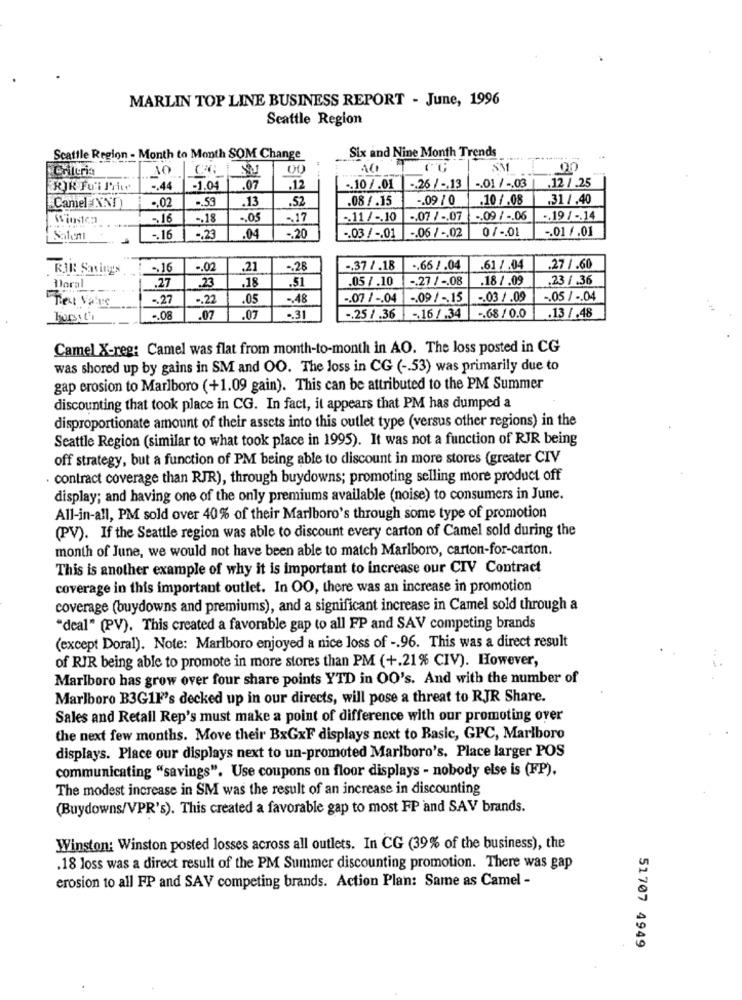
MARLIN TOP LINE BUSINESS REPORT - June, 1996
Seattle Region
Scattle Region - Month to Month SOM Change
Six and Nine Month Trends
Criteria
10
00
S31
20
RIR Foi Pre
.-. 44
-1.04
.07
.12
.. 10 / .01
-. 26 / -. 13
-. 01 / -. 03
.12 /.25
Camel NNT
., 02
-. 53
13
.52
08/.15
.09 / 0
.10 /.08
,31/.40
-16
-, 18
.. 05
-. 17
-. 11 / -. 10
-. 07 / -. 07
.. 09 / -. 06
.. 19 / -. 14
-. 23
-20
0/ -. 01
-01 /.01
-. 16
.04
-. 03 / -. 01 -. 06 / -. 02
RIK: Sasings
-, 16
-. 02
.21
-. 28
-. 37 /.18
.. 66 / .04
.61 / .04
.27 1.60
18
.51
.05 / .10
-. 27 / -. 08
.18 /.09
23 1 .36
Doral
.27
.23
Text Value
-. 27
-. 22
05
-. 48
-. 07 / -. 04
1 -. 09 / -. 15
-. 03 /.09
-. 05 / -. 04
-. 08
.07
.07
.. 3
-. 25/ .36 -16/.34 -. 68/0.0
.13 / .48
Camel X-reg: Camel was flat from month-to-month in AO. The loss posted in CG
was shored up by gains in SM and OO. The loss in CG ( -. 53) was primarily due to
gap erosion to Marlboro (+1.09 gain). This can be attributed to the PM Summer
discounting that took place in CG. In fact, it appears that PM has dumped a
disproportionate amount of their assets into this outlet type (versus other regions) in the
Seattle Region (similar to what took place in 1995). It was not a function of RJR being
off strategy, but a function of PM being able to discount in more stores (greater CIV
contract coverage than RJR), through buydowns; promoting selling more product off
display; and having one of the only premiums available (noise) to consumers in June.
All-in-all, PM sold over 40% of their Marlboro's through some type of promotion
(PV). If the Seattle region was able to discount every carton of Camel sold during the
month of June, we would not have been able to match Marlboro, carton-for-carton.
This is another example of why it is important to increase our CIV Contract
coverage in this important outlet. In OO, there was an increase in promotion
coverage (buydowns and premiums), and a significant increase in Camel sold through a
"deal" (PV). This created a favorable gap to all FP and SAV competing brands
(except Doral). Note: Marlboro enjoyed a nice loss of -. 96. This was a direct result
of RIR being able to promote in more stores than PM (+.21% CIV). However,
Marlboro has grow over four share points YTD in OO's. And with the number of
Marlboro B3G1F's decked up in our directs, will pose a threat to RJR Share.
Sales and Retail Rep's must make a point of difference with our promoting over
the next few months. Move their BxGxF displays next to Basic, GPC, Marlboro
displays. Place our displays next to un-promoted Marlboro's. Place larger POS
communicating "savings". Use coupons on floor displays - nobody else is (FP).
The modest increase in SM was the result of an increase in discounting
(Buydowns/VPR's). This created a favorable gap to most FP and SAV brands.
Winston: Winston posted losses across all outlets. In CG (39% of the business), the
.18 loss was a direct result of the PM Summer discounting promotion. There was gap
erosion to all FP and SAV competing brands. Action Plan: Same as Camel -
51707 4949